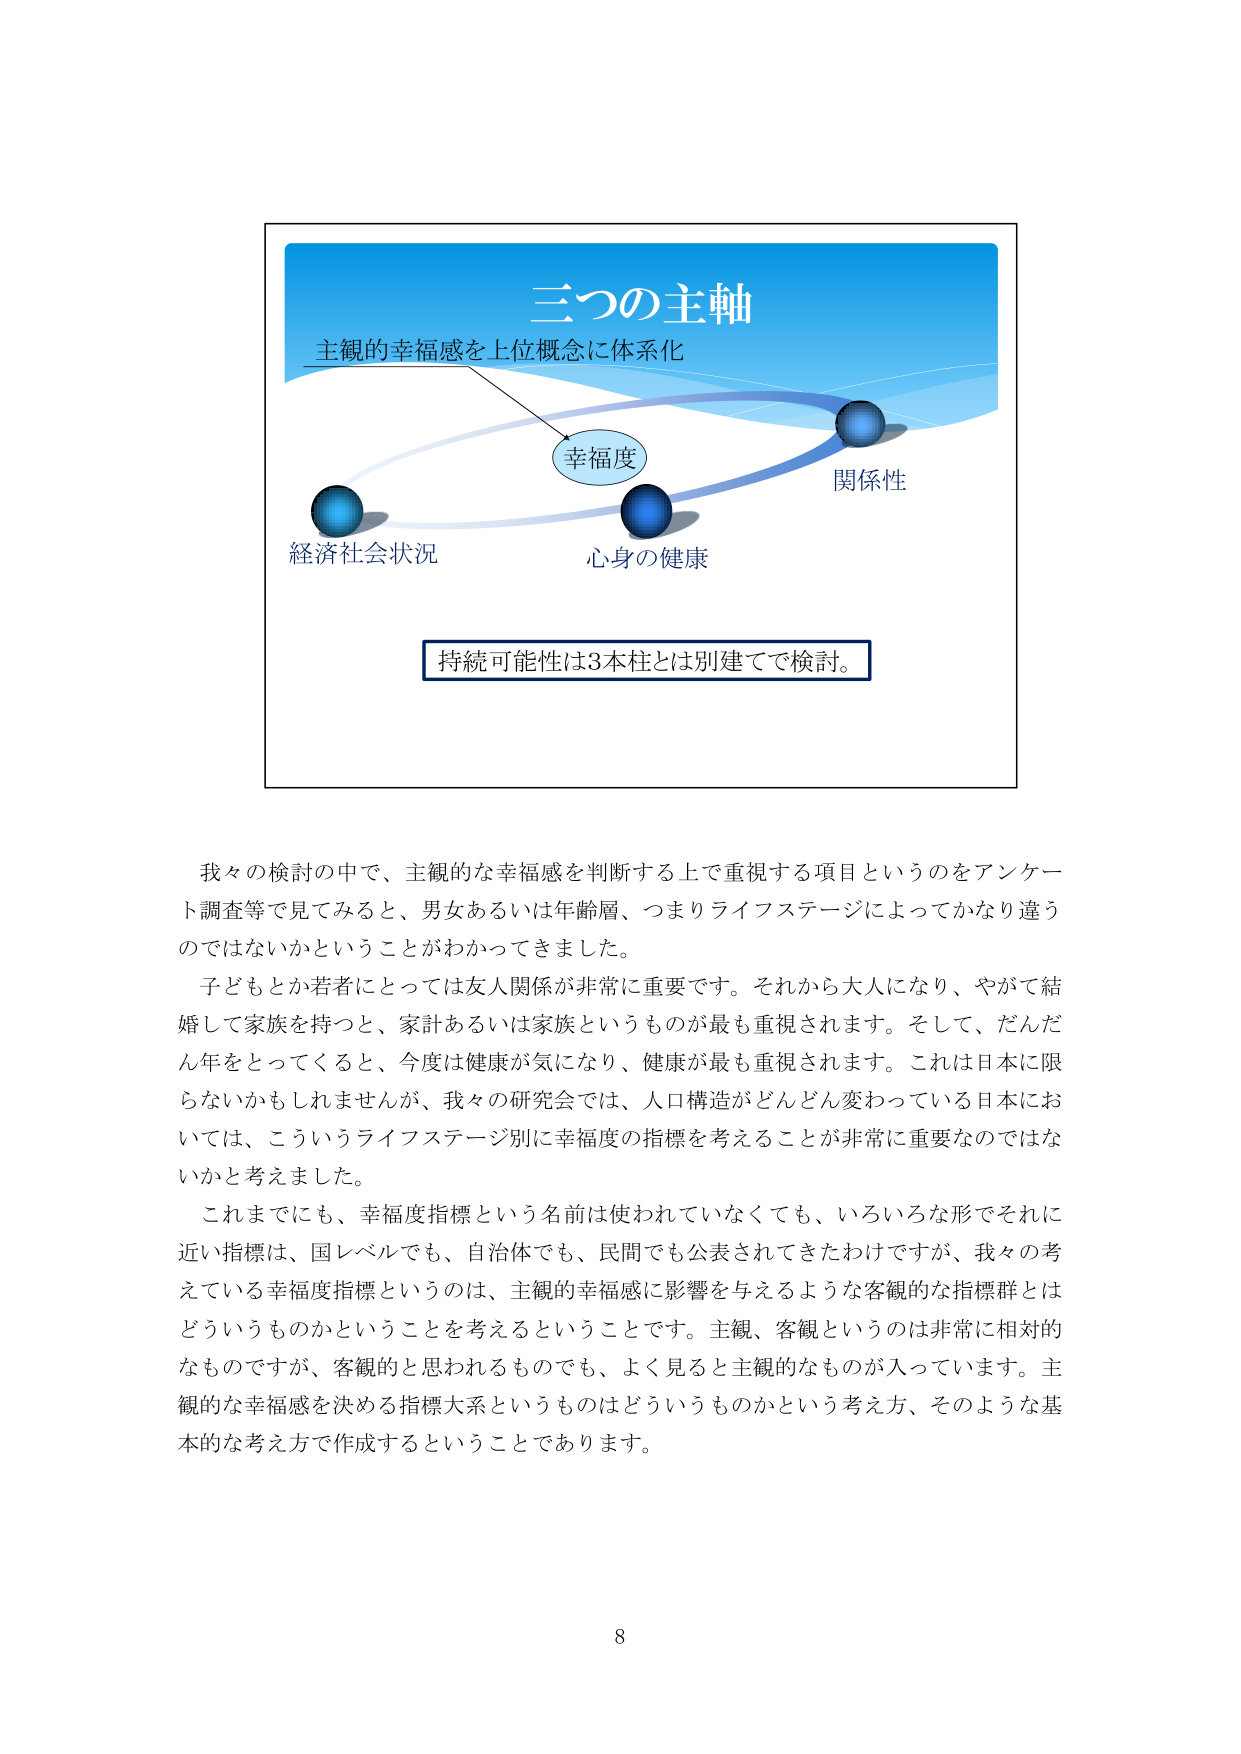
三つの主軸
主観的幸福感を上位概念に体系化

幸福度
関係性
経済社会状況
心身の健康

持続可能性は3本柱とは別建てで検討。

我々の検討の中で、主観的な幸福感を判断する上で重視する項目というのをアンケート調査等で見てみると、男女あるいは年齢層、つまりライフステージによってかなり違うのではないかということがわかってきました。
子どもとか若者にとっては友人関係が非常に重要です。それから大人になり、やがて結婚して家族を持つと、家計あるいは家族というものが最も重視されます。そして、だんだん年をとってくると、今度は健康が気になり、健康が最も重視されます。これは日本に限らないかもしれませんが、我々の研究会では、人口構造がどんどん変わっている日本においては、こういうライフステージ別に幸福度の指標を考えることが非常に重要なのではないかと考えました。
これまでにも、幸福度指標という名前は使われていなくても、いろいろな形でそれに近い指標は、国レベルでも、自治体でも、民間でも公表されてきたわけですが、我々の考えている幸福度指標というのは、主観的幸福感に影響を与えるような客観的な指標群とはどういうもののかということを考えるということです。主観、客観というのは非常に相対的なものですが、客観的と思われるものでも、よく見ると主観的なものが入っています。主観的な幸福感を決める指標大系というものはどういうもののかという考え方、そのような基本的な考え方で作成するということです。

8